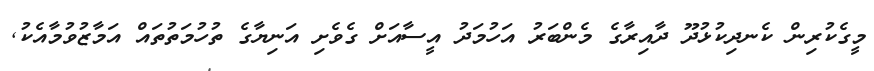
މީގެކުރިން ކެނދިކުޅުދޫ ދާއިރާގެ މެންބަރު އަހުމަދު އީސާއަށް ގެވެށި އަނިޔާގެ ތުހުމަތުތައް އަމާޒުވުމާއެކު